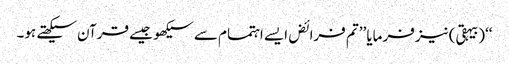
‘‘(بیہقی) نیز فرمایا ’’تم فرائض ایسے اہتمام سے سیکھو جیسے قرآن سیکھتے ہو۔